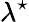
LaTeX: \lambda^{\star}